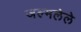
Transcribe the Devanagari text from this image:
जल्मलेले